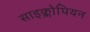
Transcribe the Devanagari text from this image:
साइक्लोपियन